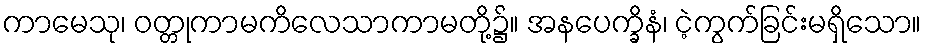
ကာမေသု၊ ဝတ္တုကာမကိလေသာကာမတို့၌။ အနပေက္ခိနံ၊ ငဲ့ကွက်ခြင်းမရှိသော။